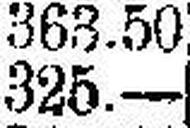
325.—